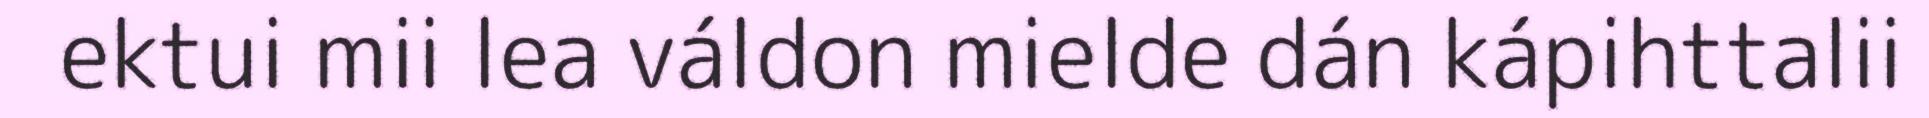
ektui mii lea váldon mielde dán kápihttalii